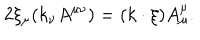
LaTeX: 2 \xi _ { \mu } ( k _ { \nu } A ^ { \mu \nu } ) = ( k \cdot \xi ) A _ { \mu } ^ { \mu } .